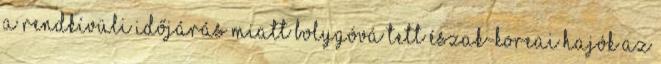
a rendkívüli időjárás miatt Bolygóvá tett észak-koreai hajók Az